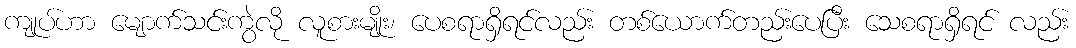
ကျုပ်ဟာ မျောက်သင်းကွဲလို လူစားမျိုး၊ ပေစရာရှိရင်လည်း တစ်ယောက်တည်းပေပြီး သေစရာရှိရင် လည်း